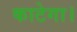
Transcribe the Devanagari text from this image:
काटेगा।